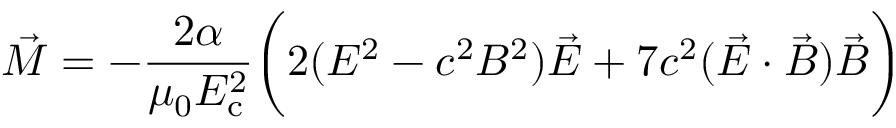
{ \vec { M } } = - { \frac { 2 \alpha } { \mu _ { 0 } E _ { \mathrm { c } } ^ { 2 } } } { \bigg ( } 2 ( E ^ { 2 } - c ^ { 2 } B ^ { 2 } ) { \vec { E } } + 7 c ^ { 2 } ( { \vec { E } } \cdot { \vec { B } } ) { \vec { B } } { \bigg ) }